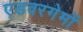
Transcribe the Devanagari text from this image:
एडवरगेमों